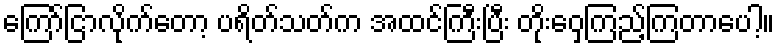
ကြော်ငြာလိုက်တော့ ပရိတ်သတ်က အထင်ကြီးပြီး တိုးဝှေ့ကြည့်ကြတာပေါ့။